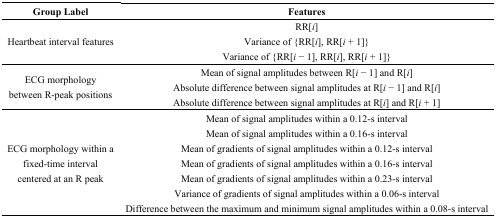
| Group Label | Features |
 | --- | --- |
 | <ROWSPAN=3> Heartbeat interval features | RR[i] |
 | Variance of {RR[i], RR[i + 1} |
 | Variance of {RR[i − 1], RR[i], RR[i + 1} |
 | <ROWSPAN=3> ECG morphology between R-peak positions | Mean of signal amplitudes between R[i − 1] and R[i] |
 | Absolute difference between signal amplitudes at R[i − 1] and R[i] |
 | Absolute difference between signal amplitudes at R[i] and R[i + 1] |
 | <ROWSPAN=7> ECG morphology within a fixed-time interval centered at an R peak | Mean of signal amplitudes within a 0.12-s interval |
 | Mean of signal amplitudes within a 0.16-s interval |
 | Mean of gradients of signal amplitudes within a 0.12-s interval |
 | Mean of gradients of signal amplitudes within a 0.16-s interval |
 | Mean of gradients of signal amplitudes within a 0.23-s interval |
 | Variance of gradients of signal amplitudes within a 0.06-s interval |
 | Difference between the maximum and minimum signal amplitudes within a 0.08-s interval |